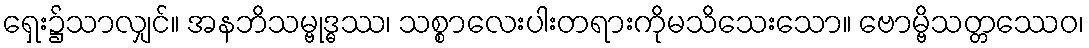
ရှေး၌သာလျှင်။ အနဘိသမ္ဗုဒ္ဓဿ၊ သစ္စာလေးပါးတရားကိုမသိသေးသော။ ဗောမ္ဗိသတ္တဿေဝ၊